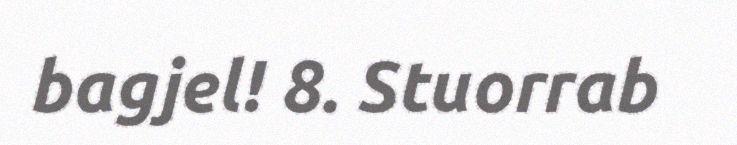
bagjel! 8. Stuorrab